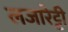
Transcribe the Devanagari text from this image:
लजारेट्टी